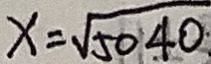
x = \sqrt { 5 0 4 0 }